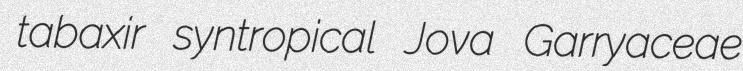
tabaxir syntropical Jova Garryaceae